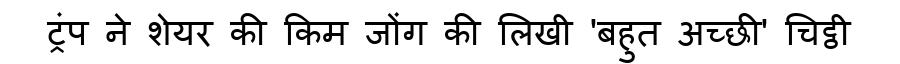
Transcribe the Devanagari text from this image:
ट्रंप ने शेयर की किम जोंग की लिखी 'बहुत अच्छी' चिट्ठी